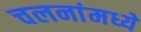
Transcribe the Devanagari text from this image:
चलनांमध्ये